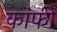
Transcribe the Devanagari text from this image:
कांफी